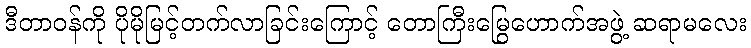
ဒီတာဝန်ကို ပိုမိုမြင့်တက်လာခြင်းကြောင့် တောကြီးမြွေဟောက်အဖွဲ့ ဆရာမလေး